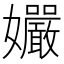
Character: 孍